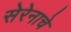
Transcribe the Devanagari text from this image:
सेरेनाचे